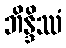
ဘိန္ဒိဿံ